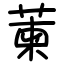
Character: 萰